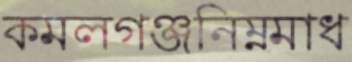
কমলগঞ্জনিম্নমাধ